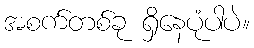
အစက်တစ်ခု ရှိနေပုံပါပဲ။